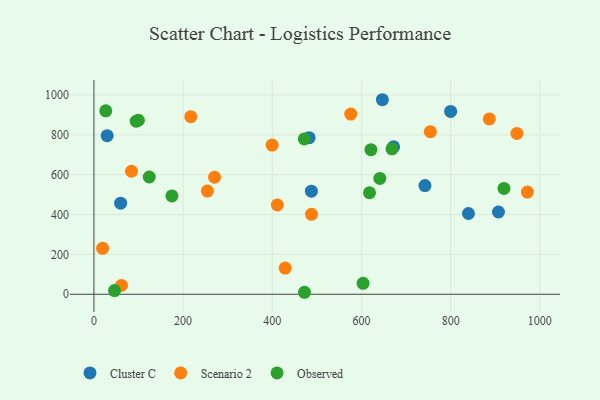
{"axis": {"x": "Ad Spend", "y": "Fuel Efficiency"}, "legend": ["Cluster C", "Observed", "Scenario 2"], "data": [{"x": "482.6", "y": 785.5, "type": "Cluster C"}, {"x": "907.2", "y": 412.6, "type": "Cluster C"}, {"x": "29.7", "y": 795.6, "type": "Cluster C"}, {"x": "800.0", "y": 917.2, "type": "Cluster C"}, {"x": "672.1", "y": 739.9, "type": "Cluster C"}, {"x": "59.9", "y": 457.1, "type": "Cluster C"}, {"x": "646.9", "y": 976.1, "type": "Cluster C"}, {"x": "840.0", "y": 405.3, "type": "Cluster C"}, {"x": "487.7", "y": 517.3, "type": "Cluster C"}, {"x": "742.4", "y": 545.4, "type": "Cluster C"}, {"x": "886.8", "y": 879.9, "type": "Scenario 2"}, {"x": "84.2", "y": 617.3, "type": "Scenario 2"}, {"x": "254.4", "y": 517.8, "type": "Scenario 2"}, {"x": "754.5", "y": 816.0, "type": "Scenario 2"}, {"x": "19.5", "y": 230.2, "type": "Scenario 2"}, {"x": "576.0", "y": 904.2, "type": "Scenario 2"}, {"x": "217.2", "y": 890.9, "type": "Scenario 2"}, {"x": "428.9", "y": 131.3, "type": "Scenario 2"}, {"x": "411.4", "y": 447.8, "type": "Scenario 2"}, {"x": "972.1", "y": 512.7, "type": "Scenario 2"}, {"x": "948.6", "y": 807.2, "type": "Scenario 2"}, {"x": "399.6", "y": 748.6, "type": "Scenario 2"}, {"x": "488.0", "y": 401.2, "type": "Scenario 2"}, {"x": "61.7", "y": 44.5, "type": "Scenario 2"}, {"x": "270.5", "y": 587.0, "type": "Scenario 2"}, {"x": "94.9", "y": 868.3, "type": "Observed"}, {"x": "174.9", "y": 493.6, "type": "Observed"}, {"x": "618.0", "y": 509.3, "type": "Observed"}, {"x": "99.7", "y": 873.2, "type": "Observed"}, {"x": "641.2", "y": 581.0, "type": "Observed"}, {"x": "26.6", "y": 920.6, "type": "Observed"}, {"x": "668.4", "y": 729.7, "type": "Observed"}, {"x": "471.9", "y": 779.2, "type": "Observed"}, {"x": "46.2", "y": 18.4, "type": "Observed"}, {"x": "621.2", "y": 725.6, "type": "Observed"}, {"x": "472.2", "y": 9.9, "type": "Observed"}, {"x": "919.6", "y": 531.2, "type": "Observed"}, {"x": "124.1", "y": 588.3, "type": "Observed"}, {"x": "603.7", "y": 54.6, "type": "Observed"}]}